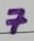
Text: 7